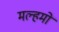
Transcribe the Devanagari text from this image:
मल्हमों